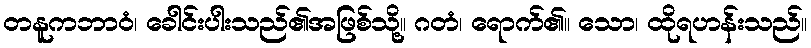
တနူကဘာဝံ၊ ခေါင်းပါးသည်၏အဖြစ်သို့။ ဂတံ၊ ရောက်၏။ သော၊ ထိုရဟန်းသည်။